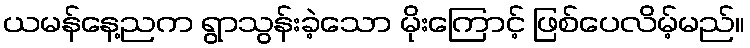
ယမန်နေ့ညက ရွာသွန်းခဲ့သော မိုးကြောင့် ဖြစ်ပေလိမ့်မည်။